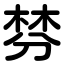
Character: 棼